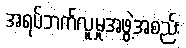
အရပ်ဘက်လူမှုအဖွဲ့အစည်း